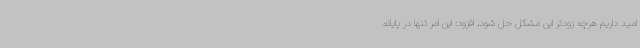
امید داریم هرچه زودتر این مشکل حل شود، افزود: این امر تنها در پایانه